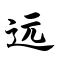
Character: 远